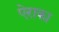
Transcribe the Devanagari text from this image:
ऐराका